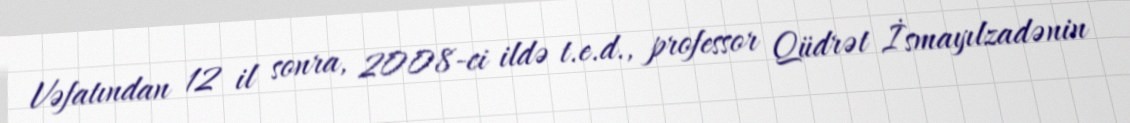
Vəfatından 12 il sonra, 2008-ci ildə t.e.d., professor Qüdrət İsmayılzadənin